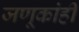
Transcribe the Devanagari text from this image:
जणूकांही